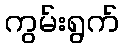
ကွမ်းရွက်